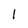
Character: 1